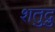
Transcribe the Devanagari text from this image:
शतुद्रु